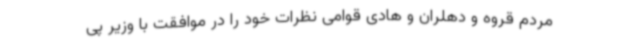
مردم قروه و دهلران و هادی قوامی نظرات خود را در موافقت با وزیر پی